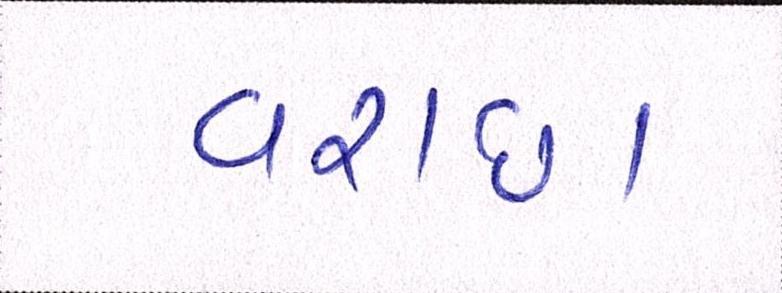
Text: વરાછા